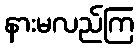
နားမလည်ကြ